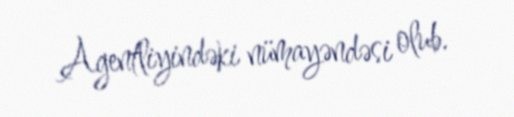
Agentliyindəki nümayəndəsi olub.